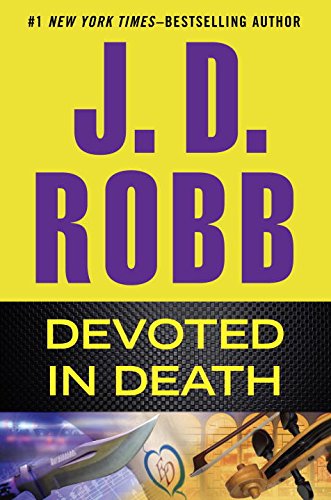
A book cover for Devoted in Death; J. D. Robb; Mystery, Thriller & Suspense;